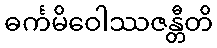
ဓင်္ကမိဝေါဿဇန္တီတိ